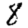
Digit: 8